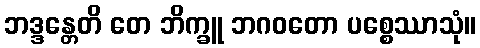
ဘဒ္ဒန္တေတိ တေ ဘိက္ခူ ဘဂဝတော ပစ္စေဿာသုံ။